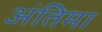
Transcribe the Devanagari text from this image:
अंतिमा